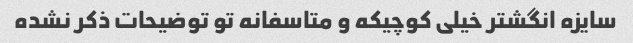
سایزه انگشتر خیلی کوچیکه و متاسفانه تو توضیحات ذکر نشده